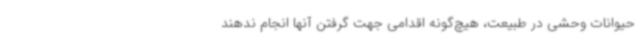
حیوانات وحشی در طبیعت، هیچ‌گونه اقدامی جهت گرفتن آنها انجام ندهند